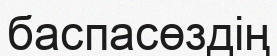
баспасөздің